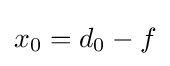
{\textstyle x_{0}=d_{0}-f}